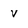
Character: v